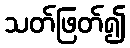
သတ်ဖြတ်၍